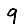
Digit: 9